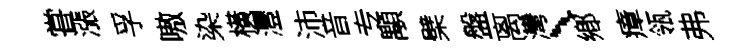
甞漲孚嗷染橫灃沛音专顒檗盤离灣、鄕瘴瓴弗